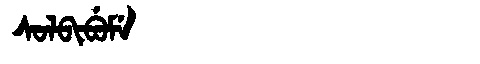
Manchu: ᠰᠣᠯᠪᡳᠪᡠᠮᡝ
Romanization: SOLBIBUME